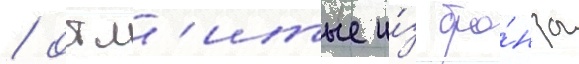
/ отл'итые и́з бро́нзы